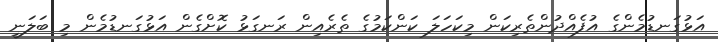
އަޅުގަނޑުމެންގެ އުފެއްދުންތެރިކަން މިކަހަލަ ކަންކަމުގެ ތެރެއިން ރަނގަޅު ކޮށްގެން އަޅުގަނޑުމެން މި ބަލަނީ